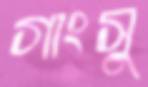
গাংসু